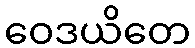
ဝေဒယိတေ